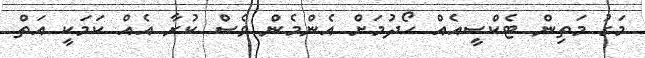
މަގު މަތިން ޓެކްސީއެއް ހޯދުމަށް އެންމެން ވެސް ކުރާ އެއް ކަމަކީ އަތް